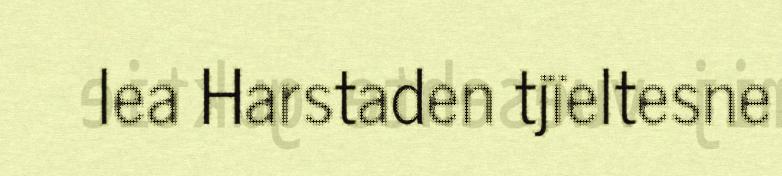
lea Harstaden tjïeltesne